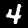
Label: 4